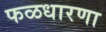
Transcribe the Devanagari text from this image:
फळधारणा